King Institute of Preventive Medicine Micro-Biological Section reports 1912-19
Year: 1912
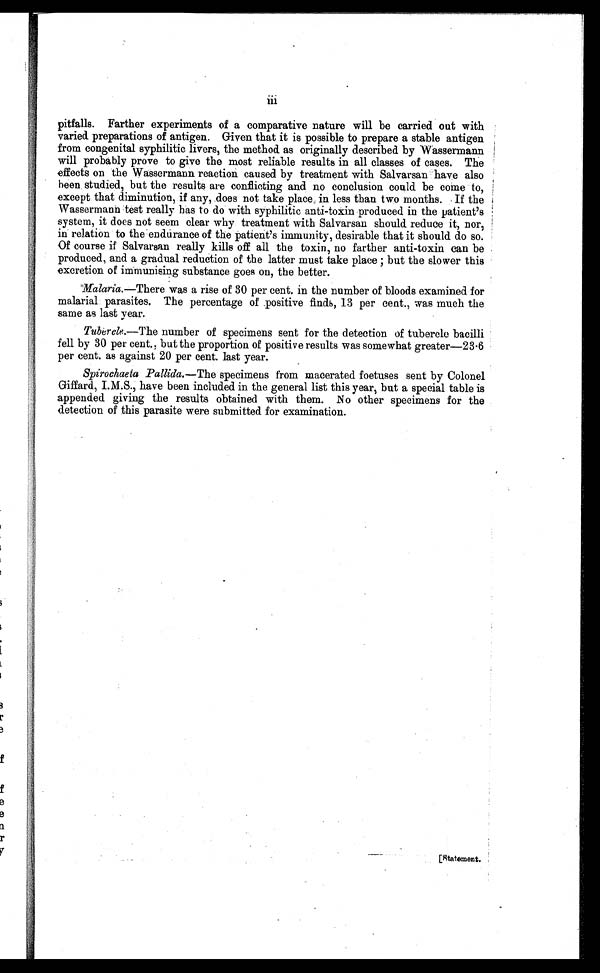
iii
pitfalls. Farther experiments of a comparative nature will be carried out with
varied preparations of antigen. Given that it is possible to prepare a stable antigen
from congenital syphilitic livers, the method as originally described by Wassermann
will probably prove to give the most reliable results in all classes of cases. The
effects on the Wassermann reaction caused by treatment with Salvarsan have also
been studied, but the results are conflicting and no conclusion could be come to,
except that diminution, if any, does not take place in less than two months. If the
Wassermann test really has to do with syphilitic anti-toxin produced in the patient's
system, it does not seem clear why treatment with Salvarsan should reduce it, nor;
in relation to the endurance of the patient's immunity, desirable that it should do so.
Of course if Salvarsan really kills off all the toxin, no farther anti-toxin can be
produced, and a gradual reduction of the latter must take place; but the slower this
excretion of immunising substance goes on, the better.
Malaria. —There was a rise of 30 per cent. in the number of bloods examined for
malarial parasites. The percentage of positive finds, 13 per cent., was much the
same as last year.
Tubercle. —The number of specimens sent for the detection of tubercle bacilli
fell by 30 per cent., but the proportion of positive results was somewhat greater—23·6
per cent. as against 20 per cent. last year.
Spirochaeta Pallida. —The specimens from macerated foetuses sent by Colonel
Giffard, I.M.S., have been included in the general list this year, but a special table is
appended giving the results obtained with them. No other specimens for the
detection of this parasite were submitted for examination.